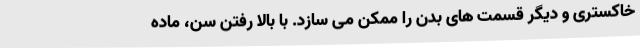
خاکستری و دیگر قسمت های بدن را ممکن می سازد. با بالا رفتن سن، ماده